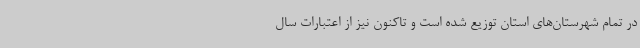
در تمام شهرستان‌های استان توزیع شده است و تاکنون نیز از اعتبارات سال